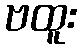
ဗထူး